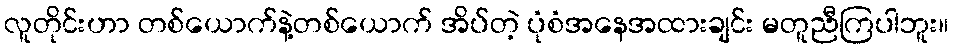
လူတိုင်းဟာ တစ်ယောက်နဲ့တစ်ယောက် အိပ်တဲ့ ပုံစံအနေအထားချင်း မတူညီကြပါဘူး။